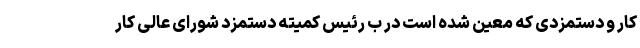
کار و دستمزدی که معین شده است در ب رئیس کمیته دستمزد شورای عالی کار